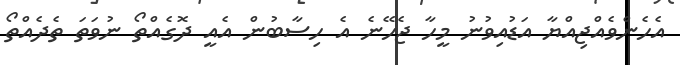
އެހެންވެއްޖިއްޔާ އަޑުއިވުނު މީހާ ޖެހޭނެ އެ ހިސާބުން އެއީ ދޮގެއްތޯ ނުވަތަ ތެދެއްތޯ